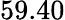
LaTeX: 59.40